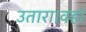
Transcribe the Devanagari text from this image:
उतारा।वहां